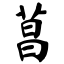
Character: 菖